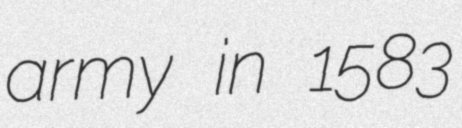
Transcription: army in 1583